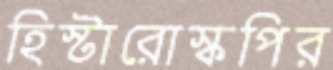
হিস্টারোস্কপির